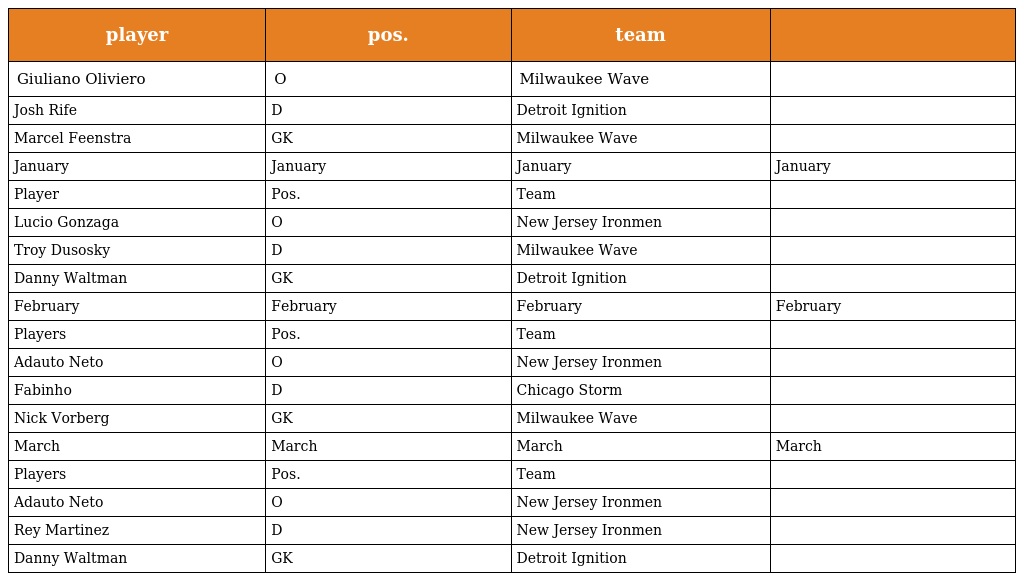
| player | pos. | team |  |
 | --- | --- | --- | --- |
 | Giuliano Oliviero | O | Milwaukee Wave |  |
 | Josh Rife | D | Detroit Ignition |  |
 | Marcel Feenstra | GK | Milwaukee Wave |  |
 | January | January | January | January |
 | Player | Pos. | Team |  |
 | Lucio Gonzaga | O | New Jersey Ironmen |  |
 | Troy Dusosky | D | Milwaukee Wave |  |
 | Danny Waltman | GK | Detroit Ignition |  |
 | February | February | February | February |
 | Players | Pos. | Team |  |
 | Adauto Neto | O | New Jersey Ironmen |  |
 | Fabinho | D | Chicago Storm |  |
 | Nick Vorberg | GK | Milwaukee Wave |  |
 | March | March | March | March |
 | Players | Pos. | Team |  |
 | Adauto Neto | O | New Jersey Ironmen |  |
 | Rey Martinez | D | New Jersey Ironmen |  |
 | Danny Waltman | GK | Detroit Ignition |  |